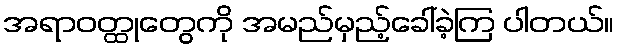
အရာဝတ္ထုတွေကို အမည်မှည့်ခေါ်ခဲ့ကြ ပါတယ်။